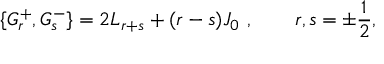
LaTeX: \{ G _ { r } ^ { + } , G _ { s } ^ { - } \} = 2 L _ { r + s } + ( r - s ) J _ { 0 } ~ , \qquad r , s = \pm \frac 1 2 ,